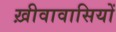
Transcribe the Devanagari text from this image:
ख़ीवावासियों